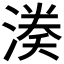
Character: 𭱱